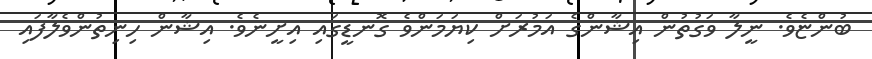
ބުންޏެވެ. ނީލާ ވަގުތުން އިޝާންގެ އަމުރަށް ކިޔަމަންވެ ގޮނޑީގައި އިށީނެވެ. އިޝާން ހިނިތުންވެލާފައި